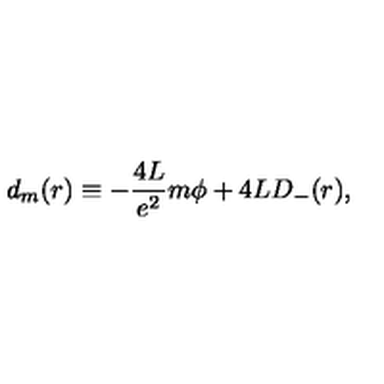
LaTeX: d _ { m } ( r ) \equiv - \frac { 4 L } { e ^ { 2 } } m { \phi } + 4 L D _ { - } ( r ) ,